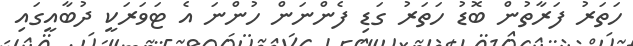
ހަތަރު ފަރާތުން ބޮޑު ހަތަރު ގަޑި ފެންނަން ހުންނަ އެ ޓަވަރަކީ ދުބާއީގައި